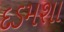
દડમશા